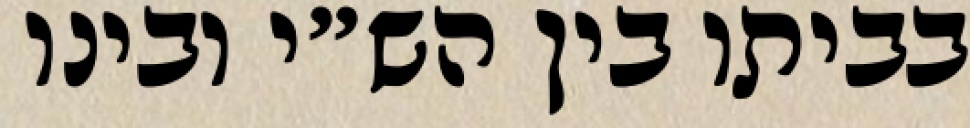
בביתו בין הש״י ובינו